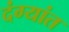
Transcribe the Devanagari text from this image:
दंग्यांत